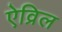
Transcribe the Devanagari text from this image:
ऐव्रिल